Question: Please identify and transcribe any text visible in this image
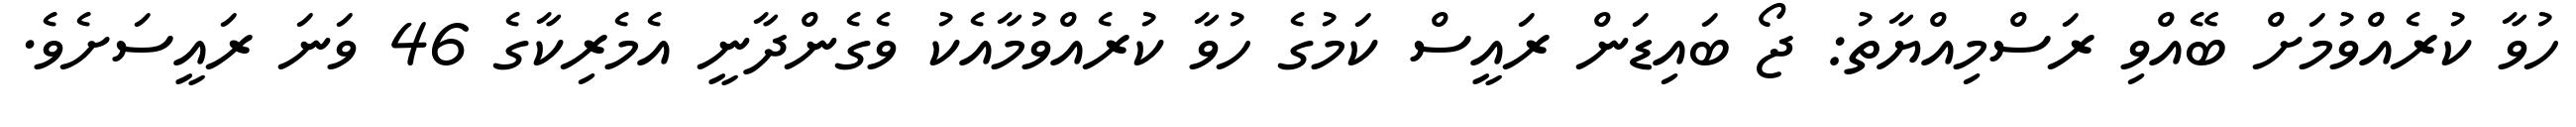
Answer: ހުވާ ކުރެއްވުމަށް ބޭއްވި ރަސްމިއްޔާތު: ޖޯ ބައިޑަން ރައީސް ކަމުގެ ހުވާ ކުރެއްވުމާއެކު ވެގެންދާނީ އެމެރިކާގެ 46 ވަނަ ރައީސަށެވެ.